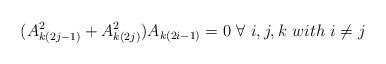
LaTeX: \begin{align*} (A_{k(2j-1)}^2 + A_{k(2j)}^2)A_{k(2i-1)}=0\ \forall \ i,j,k \ with \ i \neq j \end{align*}